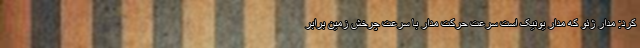
کرد: مدار ژئو که مدار یونیک است سرعت حرکت مدار با سرعت چرخش زمین برابر